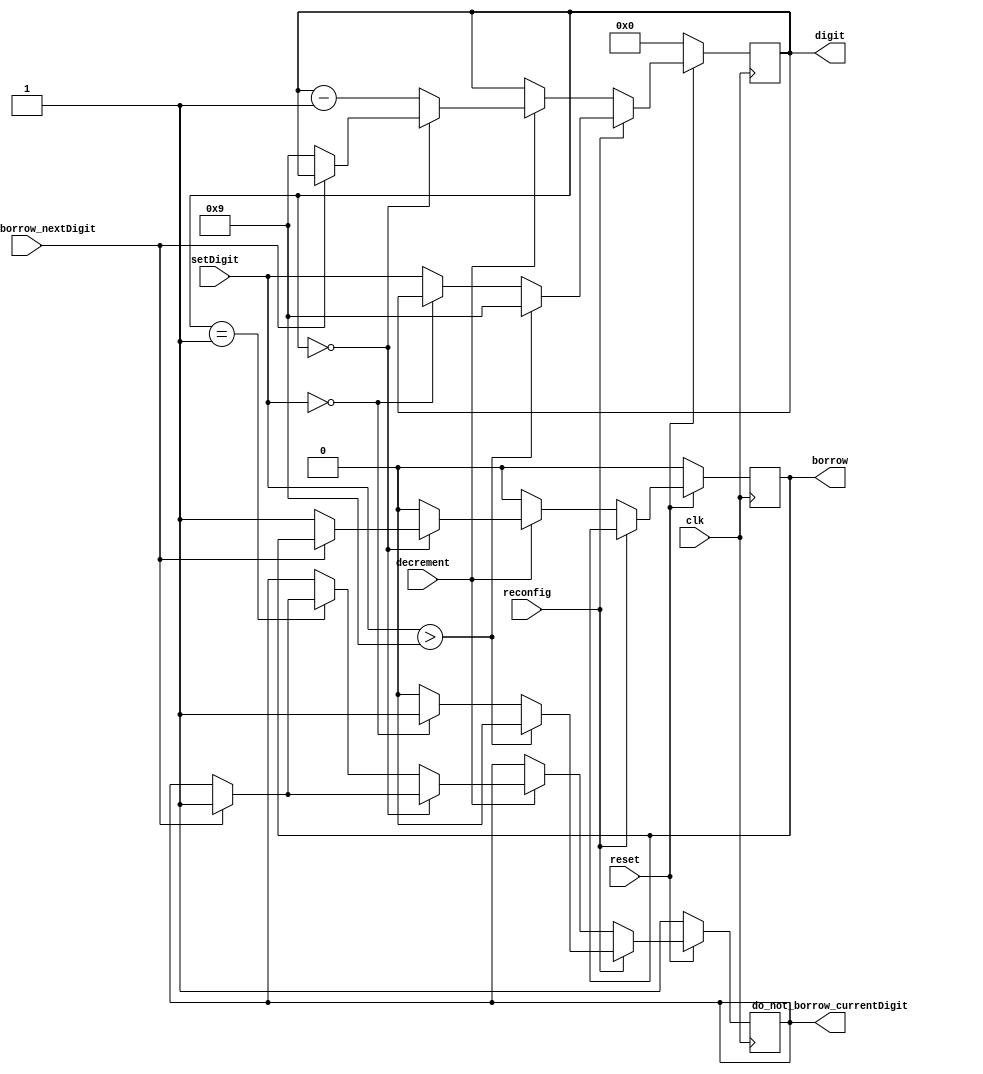

// Author Raj Dasadia
// design to develop a general clock which can be instantiated end number of timer depending upon the digits required in the timer

module timer(clk, reset, reconfig, setDigit, decrement, do_not_borrow_nextDigit, do_not_borrow_currentDigit, borrow, digit);
input clk, reset;
input reconfig;
input [3:0] setDigit;
input decrement;
input do_not_borrow_nextDigit;
output reg do_not_borrow_currentDigit;
output reg borrow;
output reg [3:0] digit;

always @ (posedge clk)
	begin
		if(reset == 0)
			begin
				do_not_borrow_currentDigit <= 1;
				borrow <= 0;
				digit <= 4'b0000;
			end
		else
			begin
				if(reconfig == 1)
					begin
						do_not_borrow_currentDigit <= 0;
						if(setDigit > 9)
							begin
								digit <= 4'b1001;
							end
						///////////////////////////////////////////////////////////// to fix the single digit bug where it counts another 10 seconds if the digit is 1 seconds
						else if (setDigit == 0)
							begin
								do_not_borrow_currentDigit <= 1;
							end
						//////////////////////////////////////////////////////////////
						else
							begin
								digit <= setDigit;
							end
					end
				else
					begin
						if(decrement == 1)
							begin
								if(digit == 4'b0000)
									begin
										if(do_not_borrow_nextDigit == 1)
											begin
												//digit <= 4'b0000;
												do_not_borrow_currentDigit <= 1;
											end
										else
											begin
												borrow <= 1;
												digit <= 4'b1001;
											end
									end
								else
									begin             
										borrow <= 0;
										digit <= digit - 1;       
										if(digit == 1)        
											begin
												if(do_not_borrow_nextDigit == 1)
													begin
														do_not_borrow_currentDigit <= 1;
													end
											end
														
										
									end
							end
						else
							begin
								digit <= digit;
								borrow <= 0;
							end
					end
			end
	end
endmodule